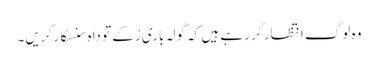
وہ لوگ انتظار کر رہے ہیں کہ گولہ باری رْکے تو داہ سنسکار کریں۔